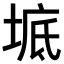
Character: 𡍓